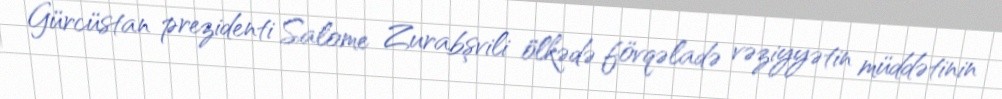
Gürcüstan prezidenti Salome Zurabşvili ölkədə fövqəladə vəziyyətin müddətinin